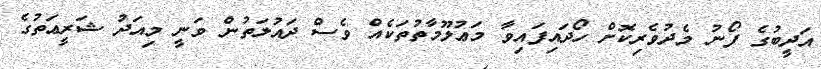
އަދީބުގެ ފޯނު މެދުވެރިކޮށް ހޯދައިފައިވާ މަޢުލޫމާތުތަކެއް ވެސް ދައުލަތުން ވަނީ މިއަދު ޝަރީޢަތުގެ